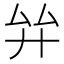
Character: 𢌹